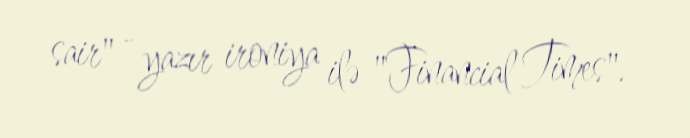
sair" - yazır ironiya ilə "Financial Times".